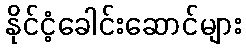
နိုင်ငံ့ခေါင်းဆောင်များ